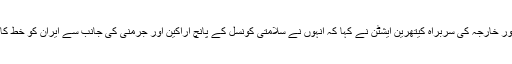
یورپی یونین کی امور خارجہ کی سربراہ کیتھرین ایشٹن نے کہا کہ انہوں نے سلامتی کونسل کے پانچ اراکین اور جرمنی کی جانب سے ایران کو خط کا جواب دے دیا ہے۔